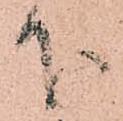
下